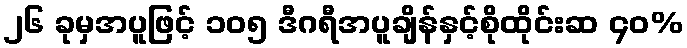
၂၆ ခုမှအပူဖြင့် ၁၀၅ ဒီဂရီအပူချိန်နှင့်စိုထိုင်းဆ ၄၀%